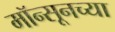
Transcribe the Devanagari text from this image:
मॉन्सूनच्या